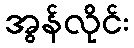
အွန်လိုင်း